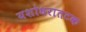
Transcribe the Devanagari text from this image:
यशोधरातटक